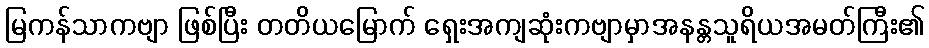
မြကန်သာကဗျာ ဖြစ်ပြီး တတိယမြောက် ရှေးအကျဆုံးကဗျာမှာအနန္တသူရိယအမတ်ကြီး၏